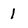
Character: 1